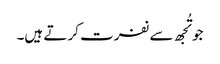
جو تُجھ سے نفرت کر تے ہیں۔